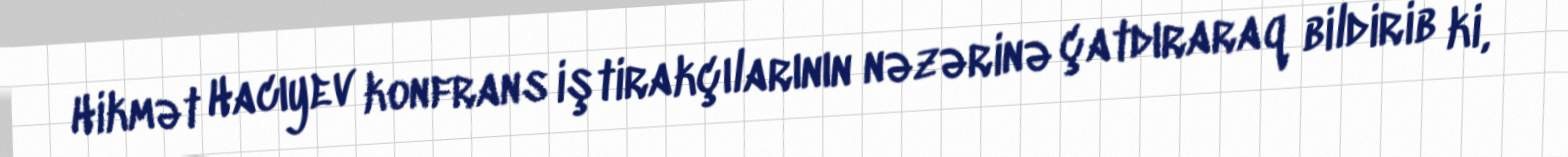
Hikmət Hacıyev konfrans iştirakçılarının nəzərinə çatdıraraq bildirib ki,